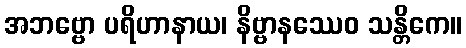
အဘဗ္ဗော ပရိဟာနာယ၊ နိဗ္ဗာနဿေဝ သန္တိကေ။